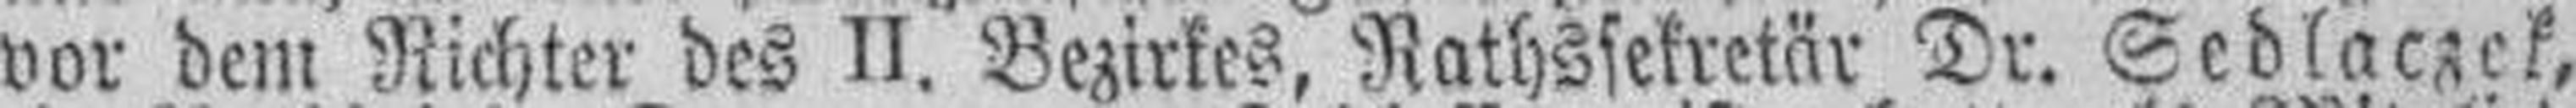
vor dem Richter des II. Bezirkes, Rathssekretär Dr. Sedlaczek,